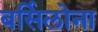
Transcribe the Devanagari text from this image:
बर्सिलोना